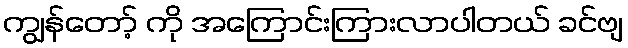
ကျွန်တော့် ကို အကြောင်းကြားလာပါတယ် ခင်ဗျ